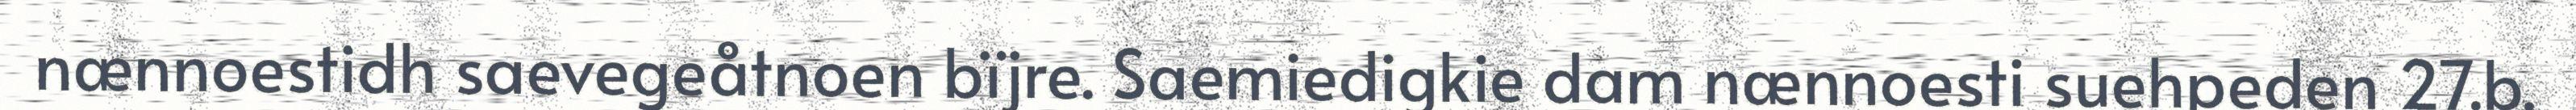
nænnoestidh saevegeåtnoen bïjre. Saemiedigkie dam nænnoesti suehpeden 27.b.